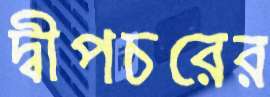
দ্বীপচরের